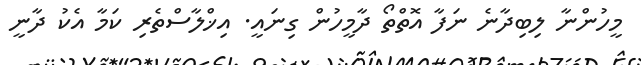
މީހުންނާ ލިބިދާނެ ނަފާ އޮތްތޯ ދާމީހުން ގިނައީ. އިޚްލާސްތެރި ކަމާ އެކު ދާނީ